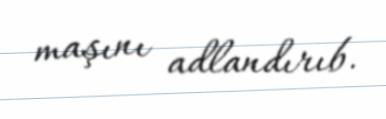
maşını adlandırıb.